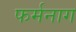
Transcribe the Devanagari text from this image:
फर्मनाग